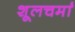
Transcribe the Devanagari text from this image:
शूलचर्मां